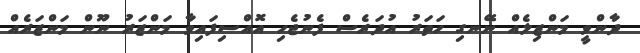
ދާންވީ މަންޒިލެއް ނޭނގި ހަތަރު އުދަރެސް ފެނުޖެހި އޮއްސިފައިވާ މަންޒަރު ނޫން މަންޒަރެއް